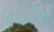
વિભાજિક